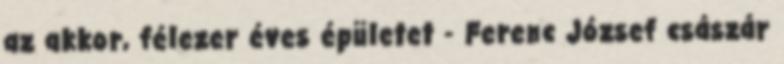
az akkor, félezer éves épületet - Ferenc József császár